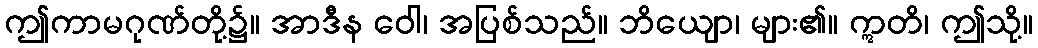
ဤကာမဂုဏ်တို့၌။ အာဒီန ဝေါ၊ အပြစ်သည်။ ဘိယျော၊ များ၏။ ဣတိ၊ ဤသို့။